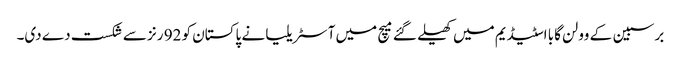
برسبین کے وولن گابا اسٹیڈیم میں کھیلے گئے میچ میں آسٹریلیا نے پاکستان کو 92 رنز سے شکست دے دی۔